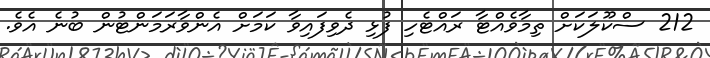
212 ސްކޫލަކަށް ތިމާވެއްޓާ ރައްޓެހި ފުޅި ދެވިފައިވާ ކަމަށް އެންވާރަމަންޓުން ބުނެ އެވެ.